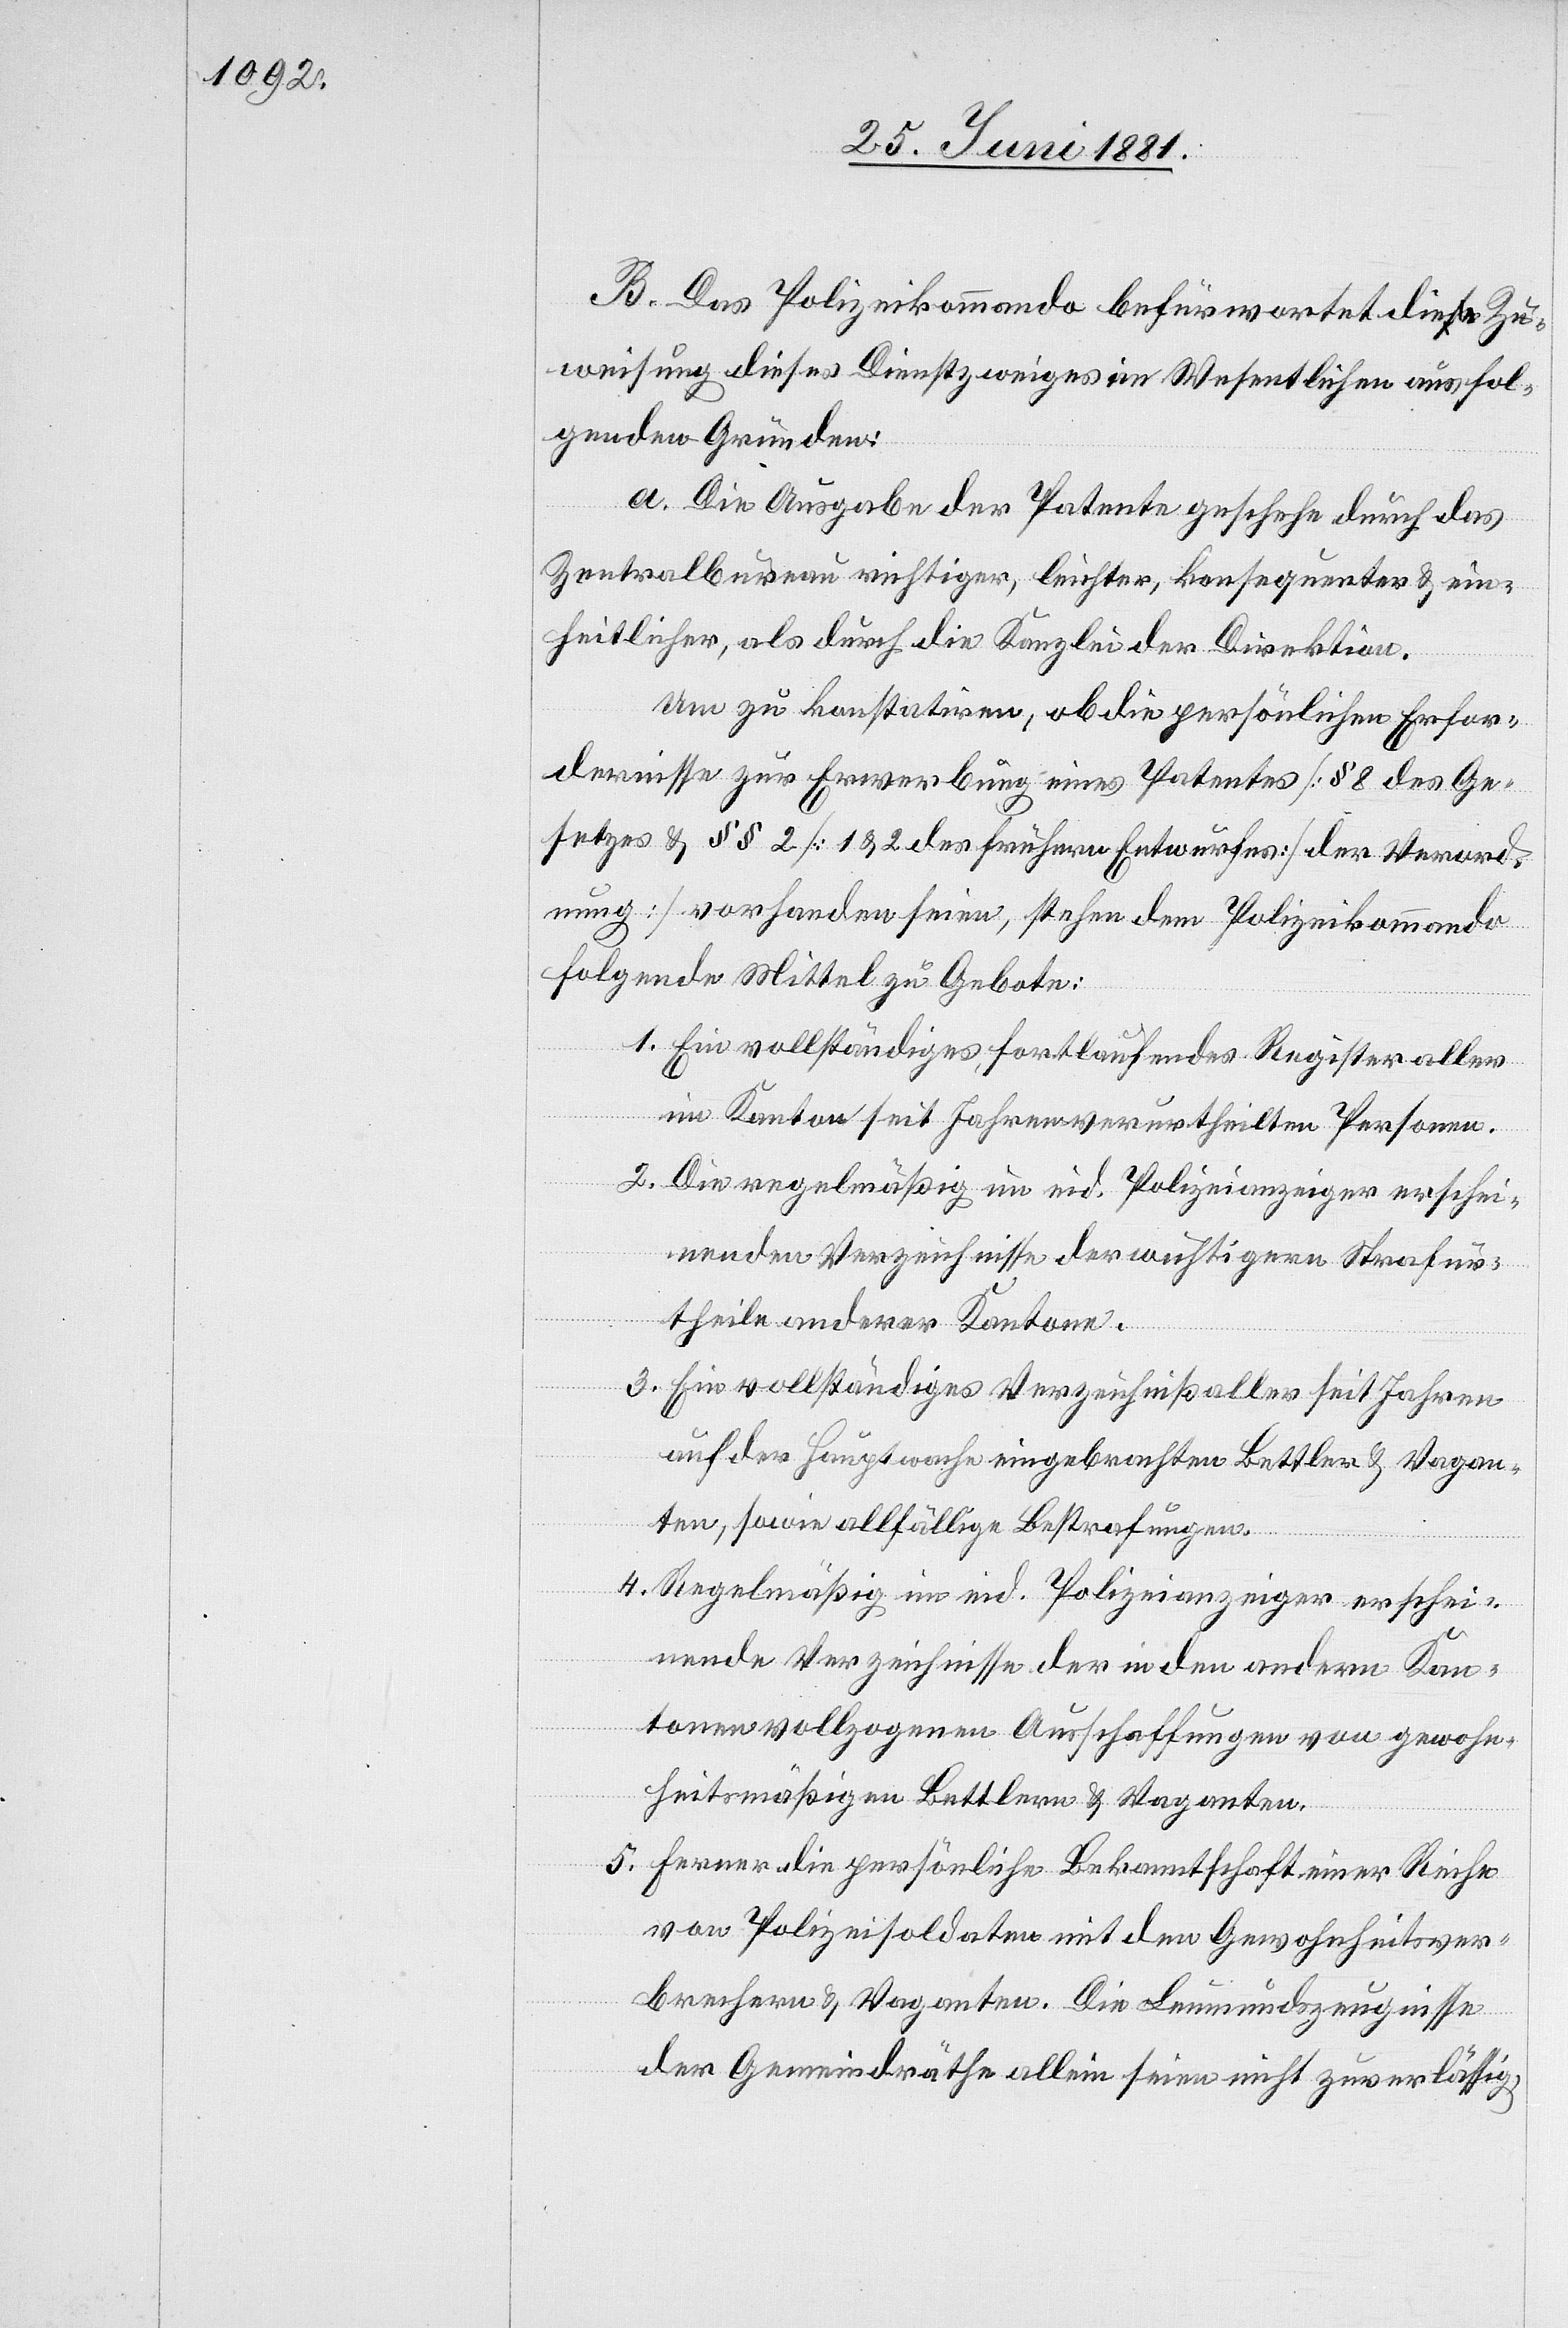
B. Das Polizeikommando befürwortet diese Zu¬
weisung dieses Dienstzweiges im Wesentlichen aus fol¬
genden Gründen:
a. Die Ausgabe der Patente geschehe durch das
Zentralbureau richtiger, leichter, konsequenter & ein¬
heitlicher, als durch die Kanzlei der Direktion.
Um zu konstatiren, ob die persönlichen Erfor¬
dernisse zur Erwerbung eines Patentes [§ 8 des Ge¬
setzes & §§ 2 [1 & 2 des frühern Entwurfes [der Verord¬
nung] vorhanden seien, stehen dem Polizeikommando
folgende Mittel zu Gebote:
1. Ein vollständiges, fortlaufendes Register aller
im Kanton seit Jahren verurtheilten Personen.
2. Die regelmäßig im eid. Polizeianzeiger erschei¬
nenden Verzeichnisse der wichtigern Strafur¬
theile anderer Kantone.
3. Ein vollständiges Verzeichniß aller seit Jahren
auf der Hauptwache eingebrachten Bettler & Vagan¬
ten, sowie allfällige Bestrafungen.
4. Regelmäßig im eid. Polizeianzeiger erschei¬
nende Verzeichnisse der in den andern Kan¬
tonen vollzogenen Ausschaffungen von gewohn¬
heitsmäßigen Bettlern & Vaganten.
5. Ferner die persönliche Bekanntschaft einer Reihe
von Polizeisoldaten mit den Gewohnheitsver¬
brechern & Vaganten. Die Leumundszeugnisse
der Gemeindräthe allein seien nicht zuverlässig,